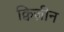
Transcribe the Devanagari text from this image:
क्विज़ीन